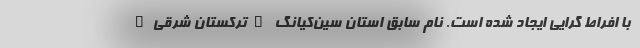
با افراط گرایی ایجاد شده است. نام سابق استان سین‌کیانگ "ترکستان شرقی"